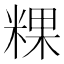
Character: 粿